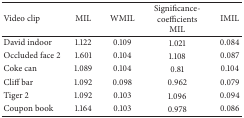
| Video clip | MIL | WMIL | Significance-coefficients MIL | IMIL |
 | --- | --- | --- | --- | --- |
 | David indoor | 1.122 | 0.109 | 1.021 | 0.084 |
 | Occluded face 2 | 1.601 | 0.104 | 1.108 | 0.087 |
 | Coke can | 1.089 | 0.104 | 0.81 | 0.104 |
 | Cliff bar | 1.092 | 0.098 | 0.962 | 0.079 |
 | Tiger 2 | 1.092 | 0.103 | 1.096 | 0.094 |
 | Coupon book | 1.164 | 0.103 | 0.978 | 0.086 |